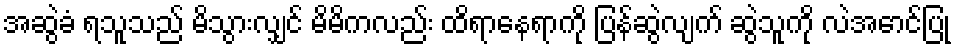
အဆွဲခံ ရသူသည် မိသွားလျှင် မိမိကလည်း ထိရာနေရာကို ပြန်ဆွဲလျက် ဆွဲသူကို လဲအောင်ပြု